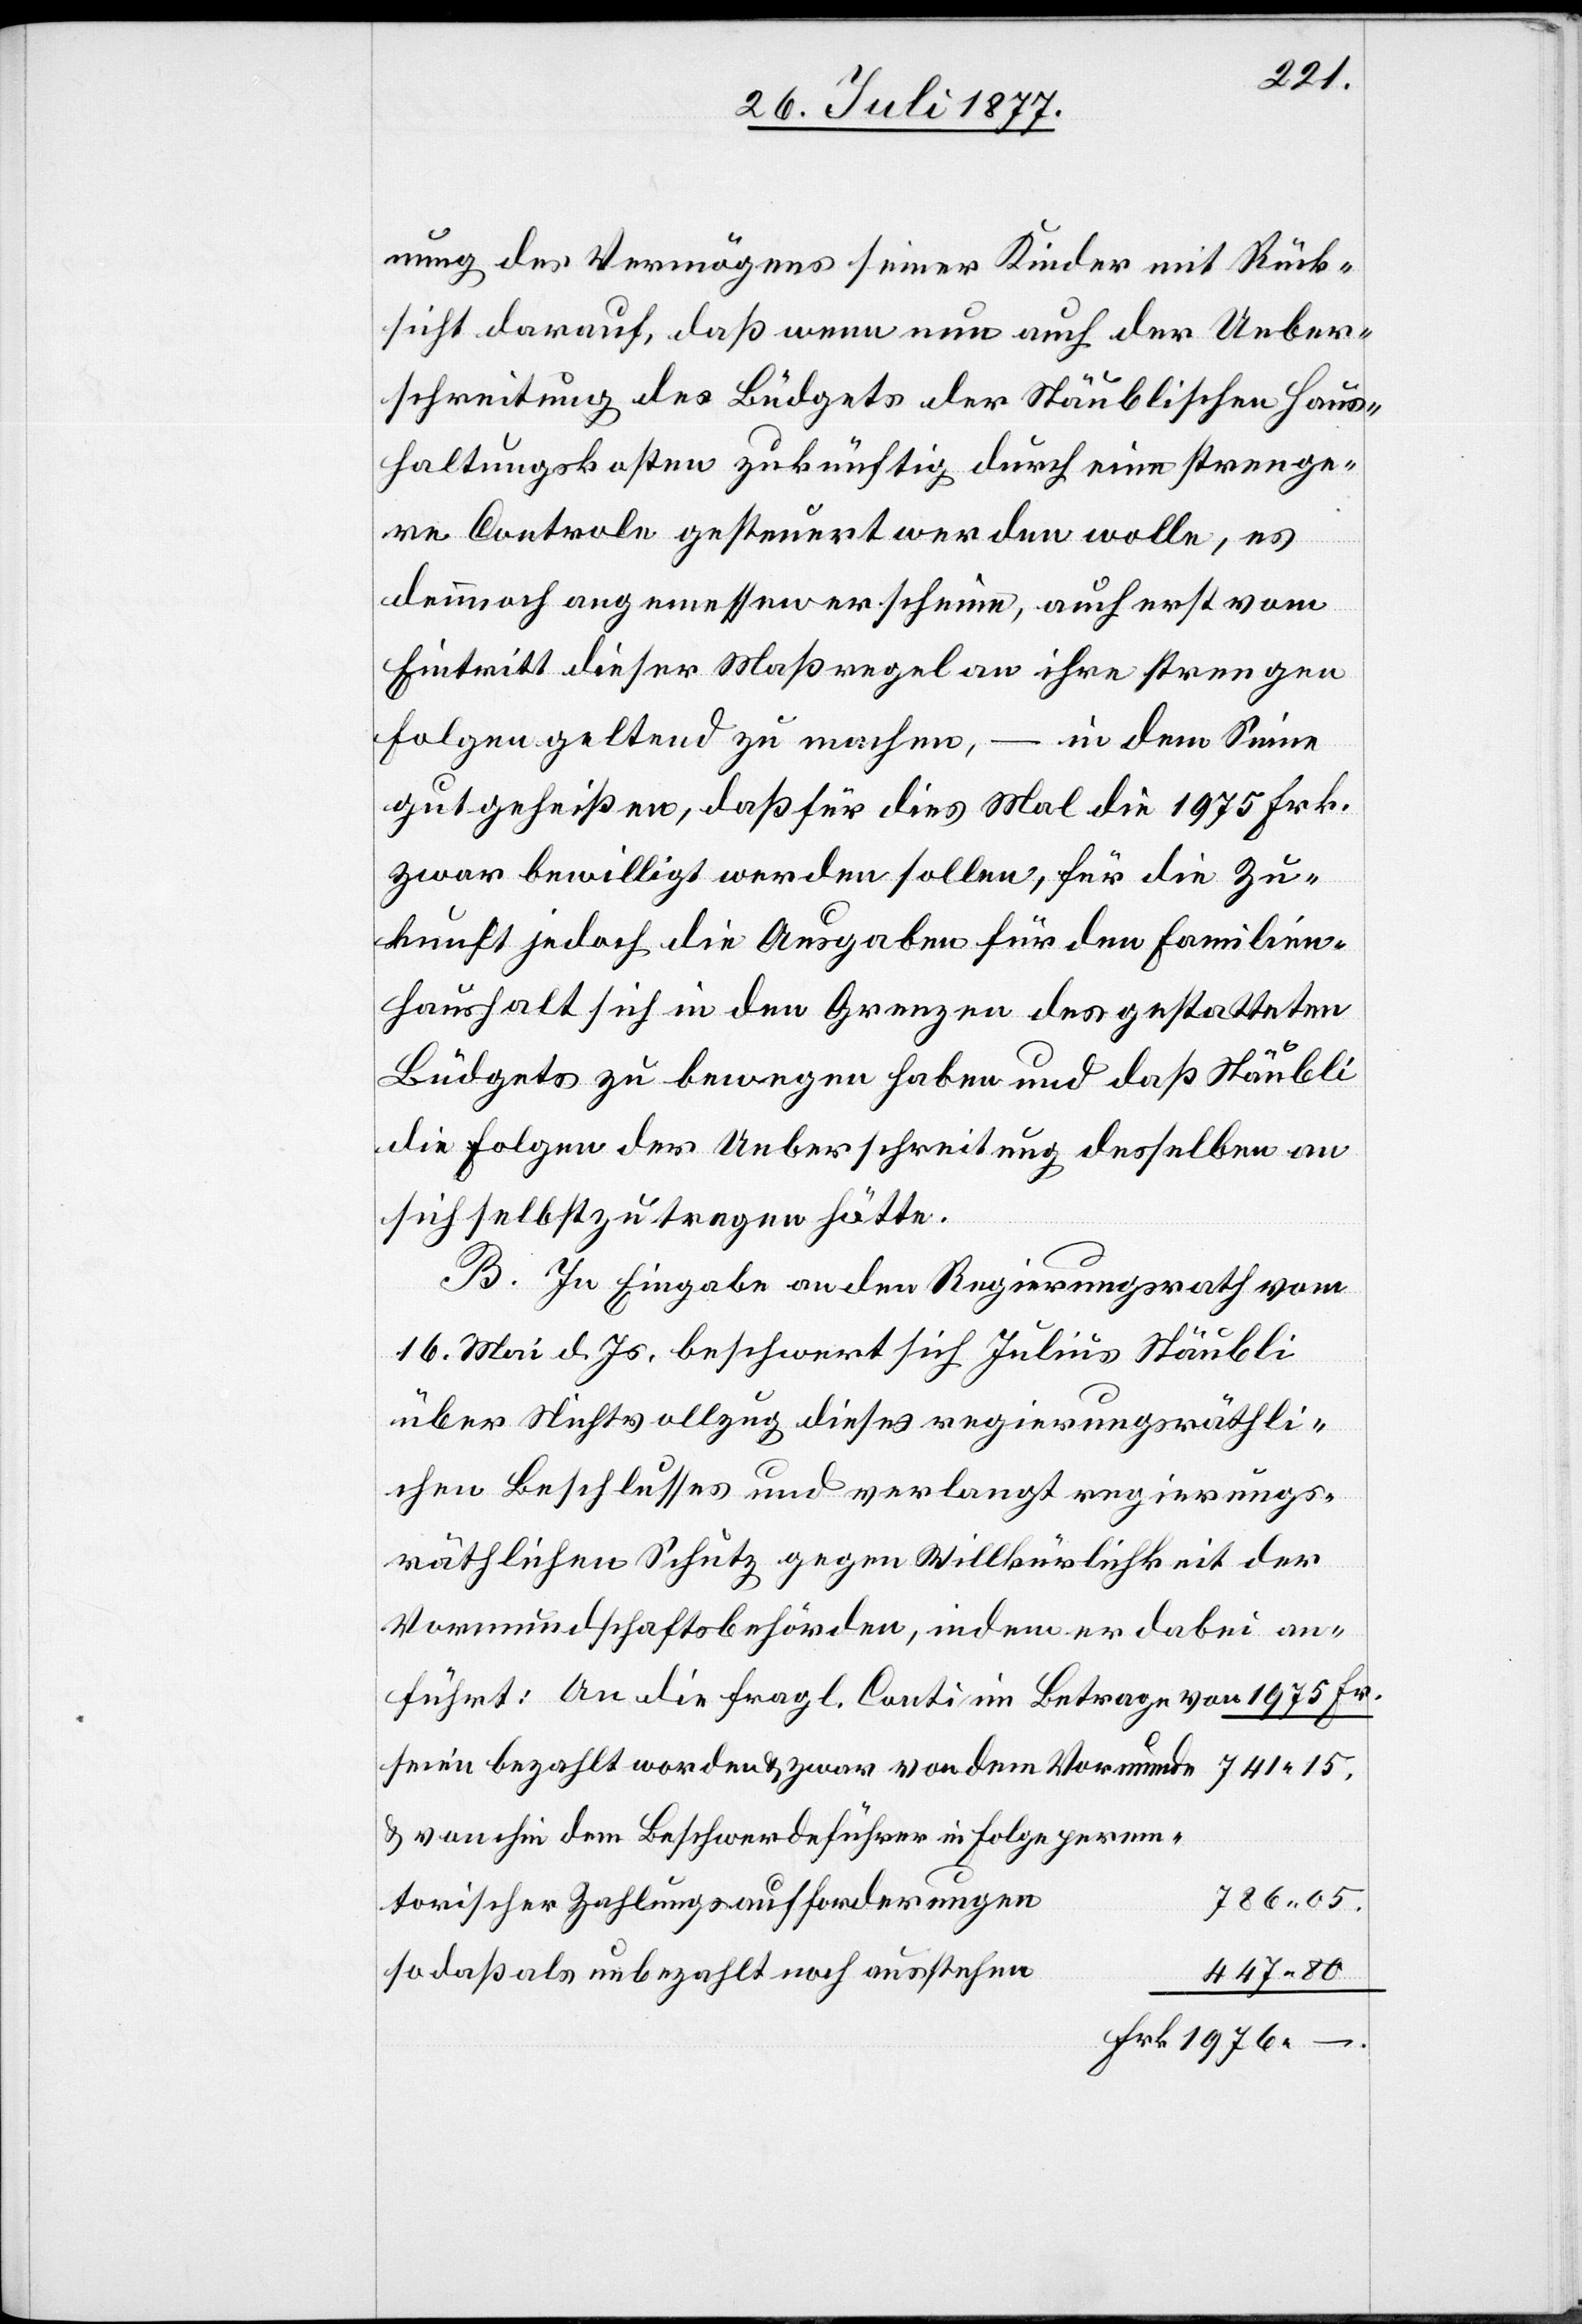
führt:
nung des Vermögens seiner Kinder mit Rück¬
sicht darauf, daß wenn nun auch der Ueber¬
schreitung des Büdgets der Stäublischen Haus¬
haltungskosten zukünftig durch eine strenge¬
re Controle gesteuert werden wolle, es
dennnoch angemessen erscheine, auch erst vom
Eintritt dieser Maßregel an ihre strengen
Folgen geltend zu machen, – in dem Sinne
gutgeheißen, daß für dies Mal die 1975 Frk.
zwar bewilligt werden sollen, für die Zu¬
kunft jedoch die Ausgaben für den Familien¬
haushalt sich in den Grenzen des gestatteten
Büdgets zu bewegen haben und daß Stäubli
die Folgen der Ueberschreitung desselben an
sich selbst zu tragen hätte.
B. In Eingabe an den Regierungsrath vom
16. Mai d. Js. beschwert sich Julius Stäubli
über Nichtvollzug dieses regierungsräthli¬
chen Beschlusses und verlangt regierungs¬
räthlichen Schutz gegen Willkürlichkeit der
Vormundschaftsbehörden, indem er dabei an¬
seien bezahlt worden & zwar von dem Vormunde
& von ihm dem Beschwerdeführer in Folge perem¬
torischer Zahlungsaufforderungen
786 05.
so daß als unbezahlt noch ausstehen
447 80
Frk. 1976 –